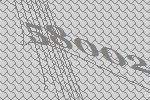
58002